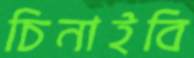
চিনাইবি